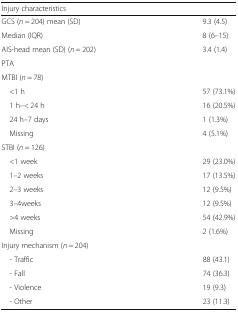
<table><thead><tr><td><b>Injury characteristics</b></td><td></td></tr></thead><tbody><tr><td>GCS (<i>n</i> = 204) mean (SD)</td><td>9.3 (4.5)</td></tr><tr><td>Median (IQR)</td><td>8 (6–15)</td></tr><tr><td>AIS-head mean (SD) (<i>n</i> = 202)</td><td>3.4 (1.4)</td></tr><tr><td>PTA</td><td></td></tr><tr><td colspan="2">MTBI (<i>n</i> = 78)</td></tr><tr><td> &lt;1 h</td><td>57 (73.1%)</td></tr><tr><td> 1 h–&lt; 24 h</td><td>16 (20.5%)</td></tr><tr><td> 24 h–7 days</td><td>1 (1.3%)</td></tr><tr><td> Missing</td><td>4 (5.1%)</td></tr><tr><td colspan="2">STBI (<i>n</i> = 126)</td></tr><tr><td> &lt;1 week</td><td>29 (23.0%)</td></tr><tr><td> 1–2 weeks</td><td>17 (13.5%)</td></tr><tr><td> 2–3 weeks</td><td>12 (9.5%)</td></tr><tr><td> 3–4weeks</td><td>12 (9.5%)</td></tr><tr><td> &gt;4 weeks</td><td>54 (42.9%)</td></tr><tr><td> Missing</td><td>2 (1.6%)</td></tr><tr><td colspan="2">Injury mechanism (<i>n</i> = 204)</td></tr><tr><td> - Traffic</td><td>88 (43.1)</td></tr><tr><td> - Fall</td><td>74 (36.3)</td></tr><tr><td> - Violence</td><td>19 (9.3)</td></tr><tr><td> - Other</td><td>23 (11.3)</td></tr></tbody></table>